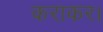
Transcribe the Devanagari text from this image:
कराकर।